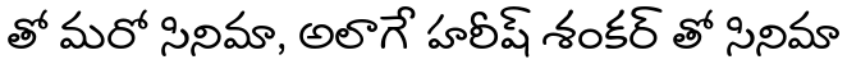
తో మరో సినిమా, అలాగే హరీష్ శంకర్ తో సినిమా